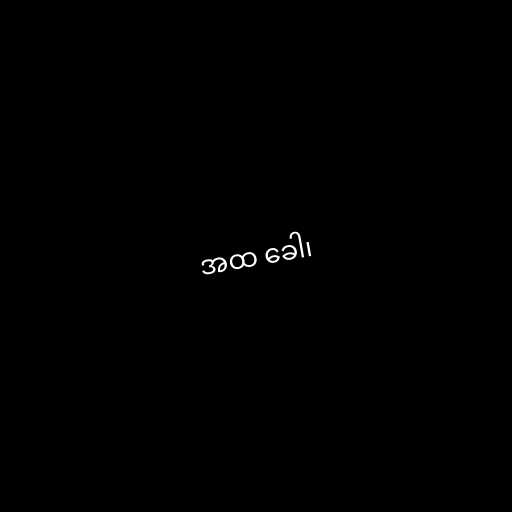
အထ ခေါ၊